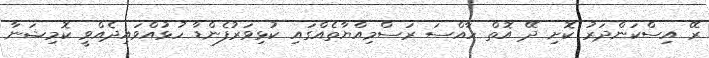
ރޭ އިސްކަންދަރު ކޮށި ދޭ އޮތް ހާއްސަ ރަސްމިއްޔާތެއްގައި ކުޅިވަރުފެންޑާ ހުޅުއްވައިދެއްވީ ކޮމިޝަނާ